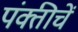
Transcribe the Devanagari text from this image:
पंक्तीचें